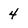
Character: 4